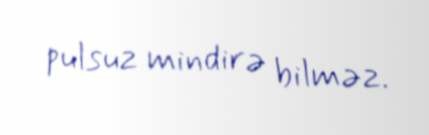
pulsuz mindirə bilməz.